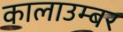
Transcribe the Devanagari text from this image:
कालाउम्बर